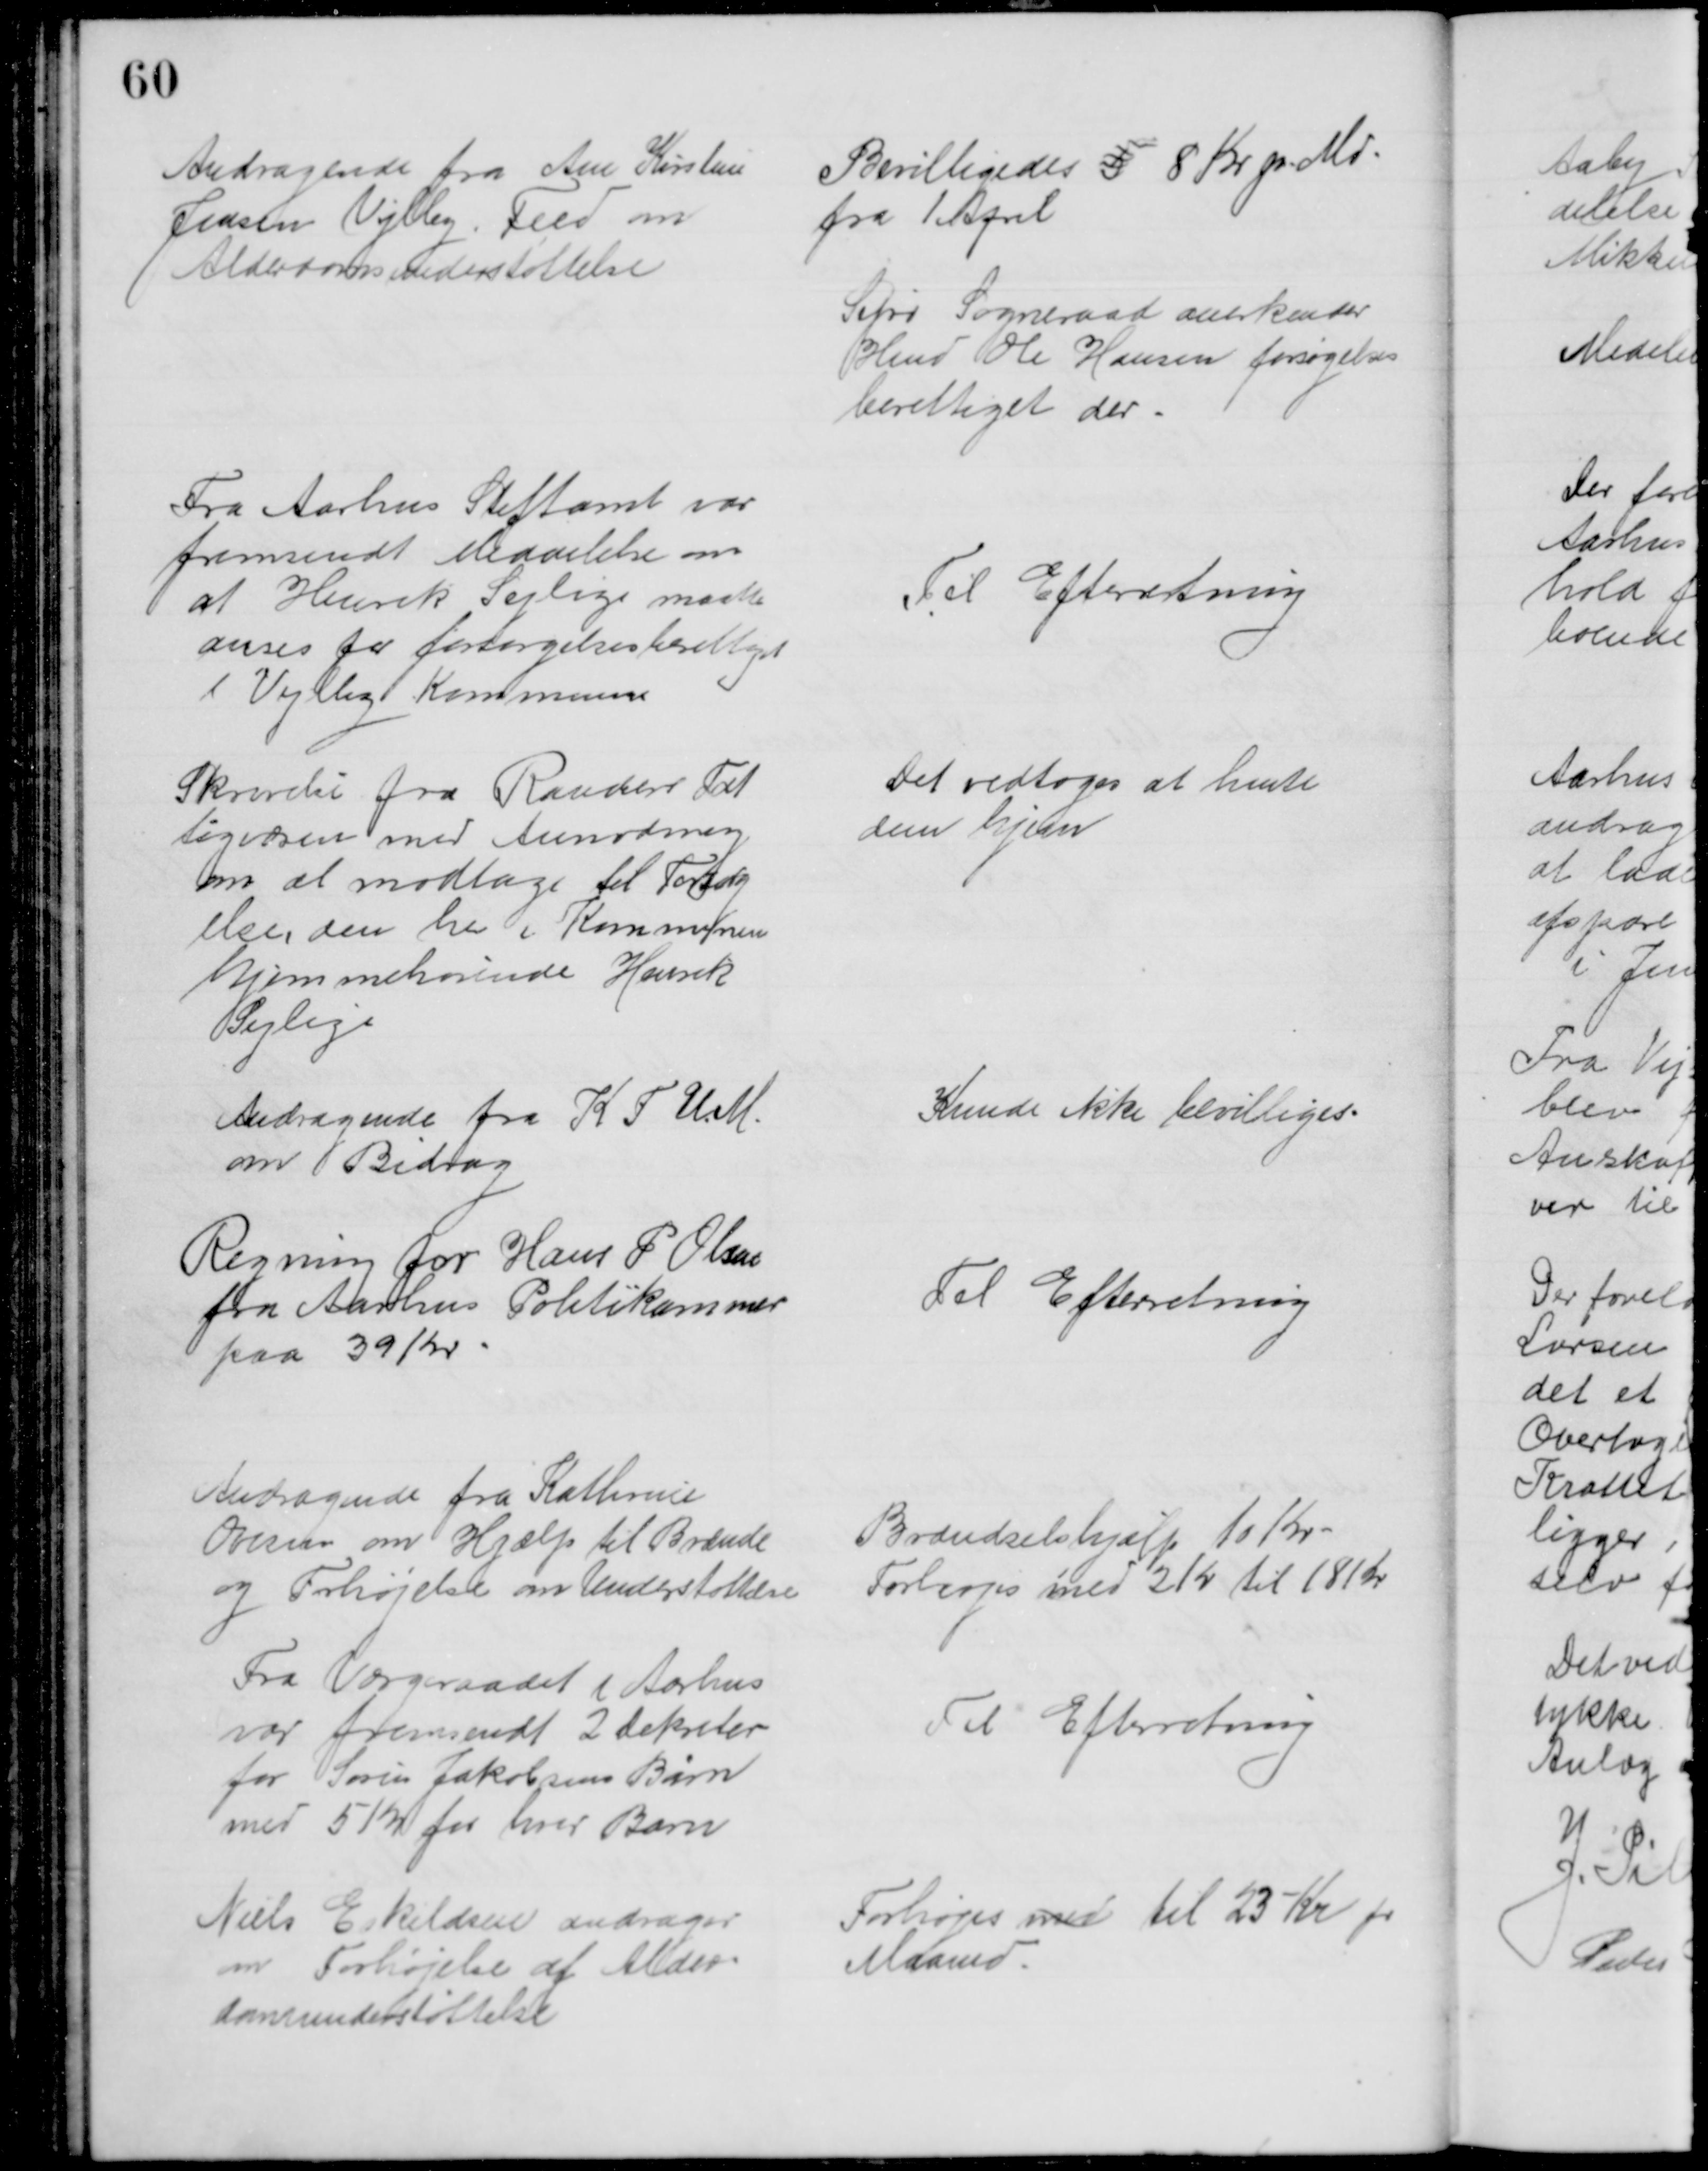
Transskription:
Andragende fra Ane Kirstine
Jensen Vejlby. Feed om
Alderdomsunderstøttelse
Bevilligedes 5 8 Kr pr. Md.
fra 1 April
Sejrø Sogneraad anerkender
Hmd Ole Hansen forsøgelses
berettiget der.
Fra Aarhus Stiftamt var
fremsendt Meddelelse om
at Henrik Sejlige maatte
anses for forsørgelsesberettiget
i Vejlby Kommune
Til Efterretning
Skrivelse fra Randers Fat
tigvæsen med Anmodning
om at modtage til Forsørg
else, den her i Kommunen
hjemmehørende Henrik
Sejlige
Det vedtoges at hente
dem hjem
Andragende fra K.F.U.M.
om Bidrag
Kunde ikke bevilliges.
Regning for Hans P. Olsen
fra Aarhus Politikammer
paa 39 Kr
Til Efterretning
Andragende fra Kathrine
Ovesen om Hjælp til Brænde
og Forhøjelse om Understøttelse
Brændselshjælp 10 Kr
Forhøjes med 2 Kr til 18 Kr
Fra Værgeraadet i Aarhus
var fremsendt 2 dekreter
for Søren Jakobsens Børn
med 5 Kr for hver Barn
Til Efterretning
Niels Eskildsen andrager
om Forhøjelse af Alder-
domsunderstøttelse
Forhøjes med til 23 Kr pr
Maaned.